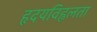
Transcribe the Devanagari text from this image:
हृदयविह्वलता